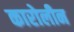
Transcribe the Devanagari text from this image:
कारोलीन